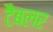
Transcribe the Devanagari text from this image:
टैबलर